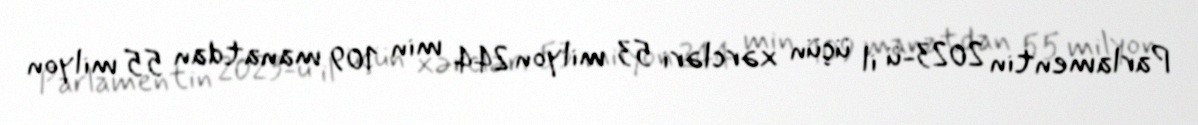
Parlamentin 2023-ü il üçün xərcləri 53 milyon 244 min 109 manatdan 55 milyon